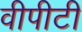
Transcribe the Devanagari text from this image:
वीपीटी